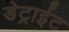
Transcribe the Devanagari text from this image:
डेट्राईट